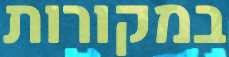
במקורות